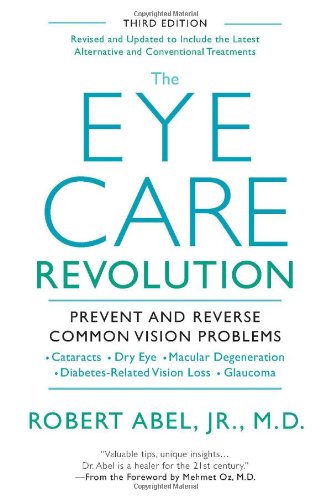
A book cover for The Eye Care Revolution:: Prevent And Reverse Common Vision Problems, Revised And Updated; Robert Abel; Health, Fitness & Dieting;